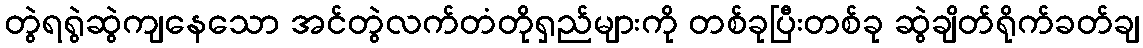
တွဲရရွဲဆွဲကျနေသော အင်တွဲလက်တံတိုရှည်များကို တစ်ခုပြီးတစ်ခု ဆွဲချိတ်ရိုက်ခတ်ချ